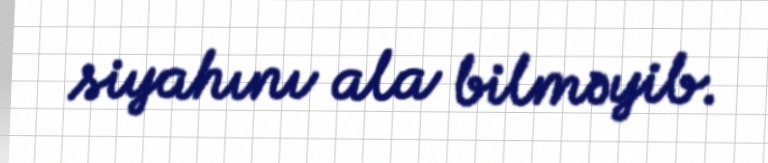
siyahını ala bilməyib.